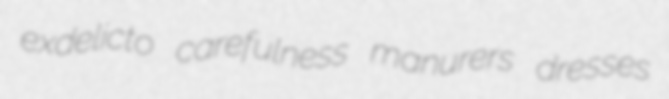
exdelicto carefulness manurers dresses